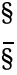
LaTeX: \begin{array}{c}{{\S}}\\ {{\bar{\S}}}\end{array}